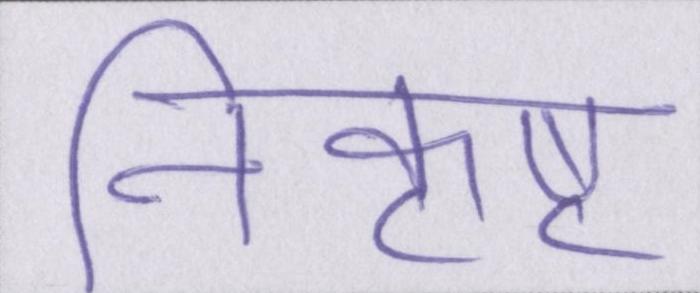
निकृष्ट